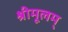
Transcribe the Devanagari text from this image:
श्रीमूलम्